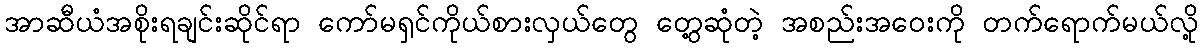
အာဆီယံအစိုးရချင်းဆိုင်ရာ ကော်မရှင်ကိုယ်စားလှယ်တွေ တွေ့ဆုံတဲ့ အစည်းအဝေးကို တက်ရောက်မယ်လို့